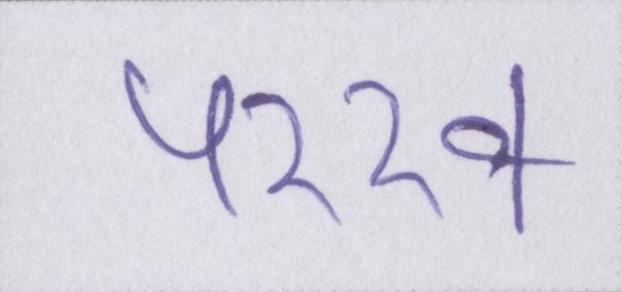
परख